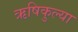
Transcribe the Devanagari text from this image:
ऋषिकुल्या